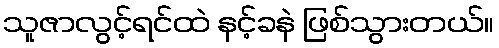
သူဇာလွင့်ရင်ထဲ နင့်ခနဲ ဖြစ်သွားတယ်။